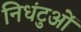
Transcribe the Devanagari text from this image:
निधंटुओं